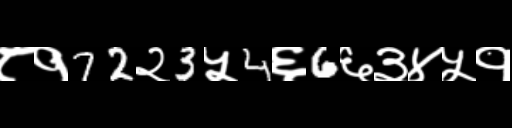
Text: ८१72२3५4६6६३४५१